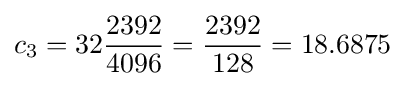
c_{3}=32{\frac {2392}{4096}}={\frac {2392}{128}}=18.6875